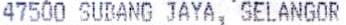
47500 SUBANG JAYA, SELANGOR